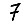
Digit: 7